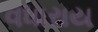
વધારાય